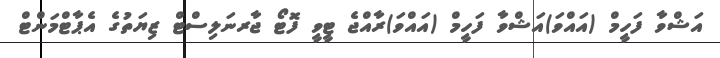
އަޝްވާ ފަހީމް (އައްވަ)އަޝްވާ ފަހީމް (އައްވަ)ރާއްޖެ ޓީވީ ފޮޓޯ ޖާރނަލިސްޓް ޒިޔަތުގެ އެޕާޓްމަންޓް